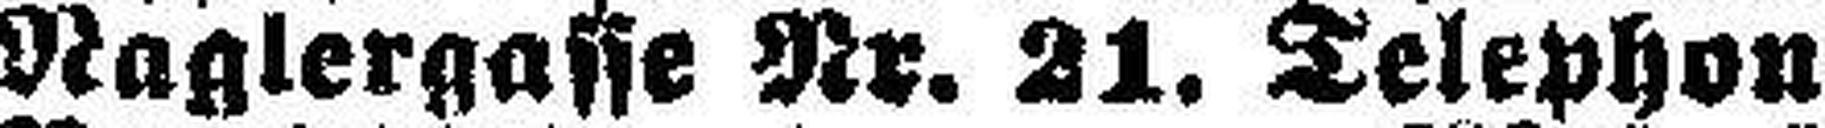
Naglergasse Nr. 21. Telephon